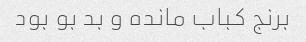
برنج کباب مانده و بد بو بود